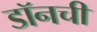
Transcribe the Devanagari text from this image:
डॉनची